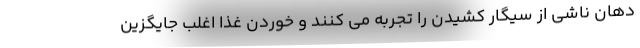
دهان ناشی از سیگار کشیدن را تجربه می کنند و خوردن غذا اغلب جایگزین